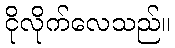
ငိုလိုက်လေသည်။